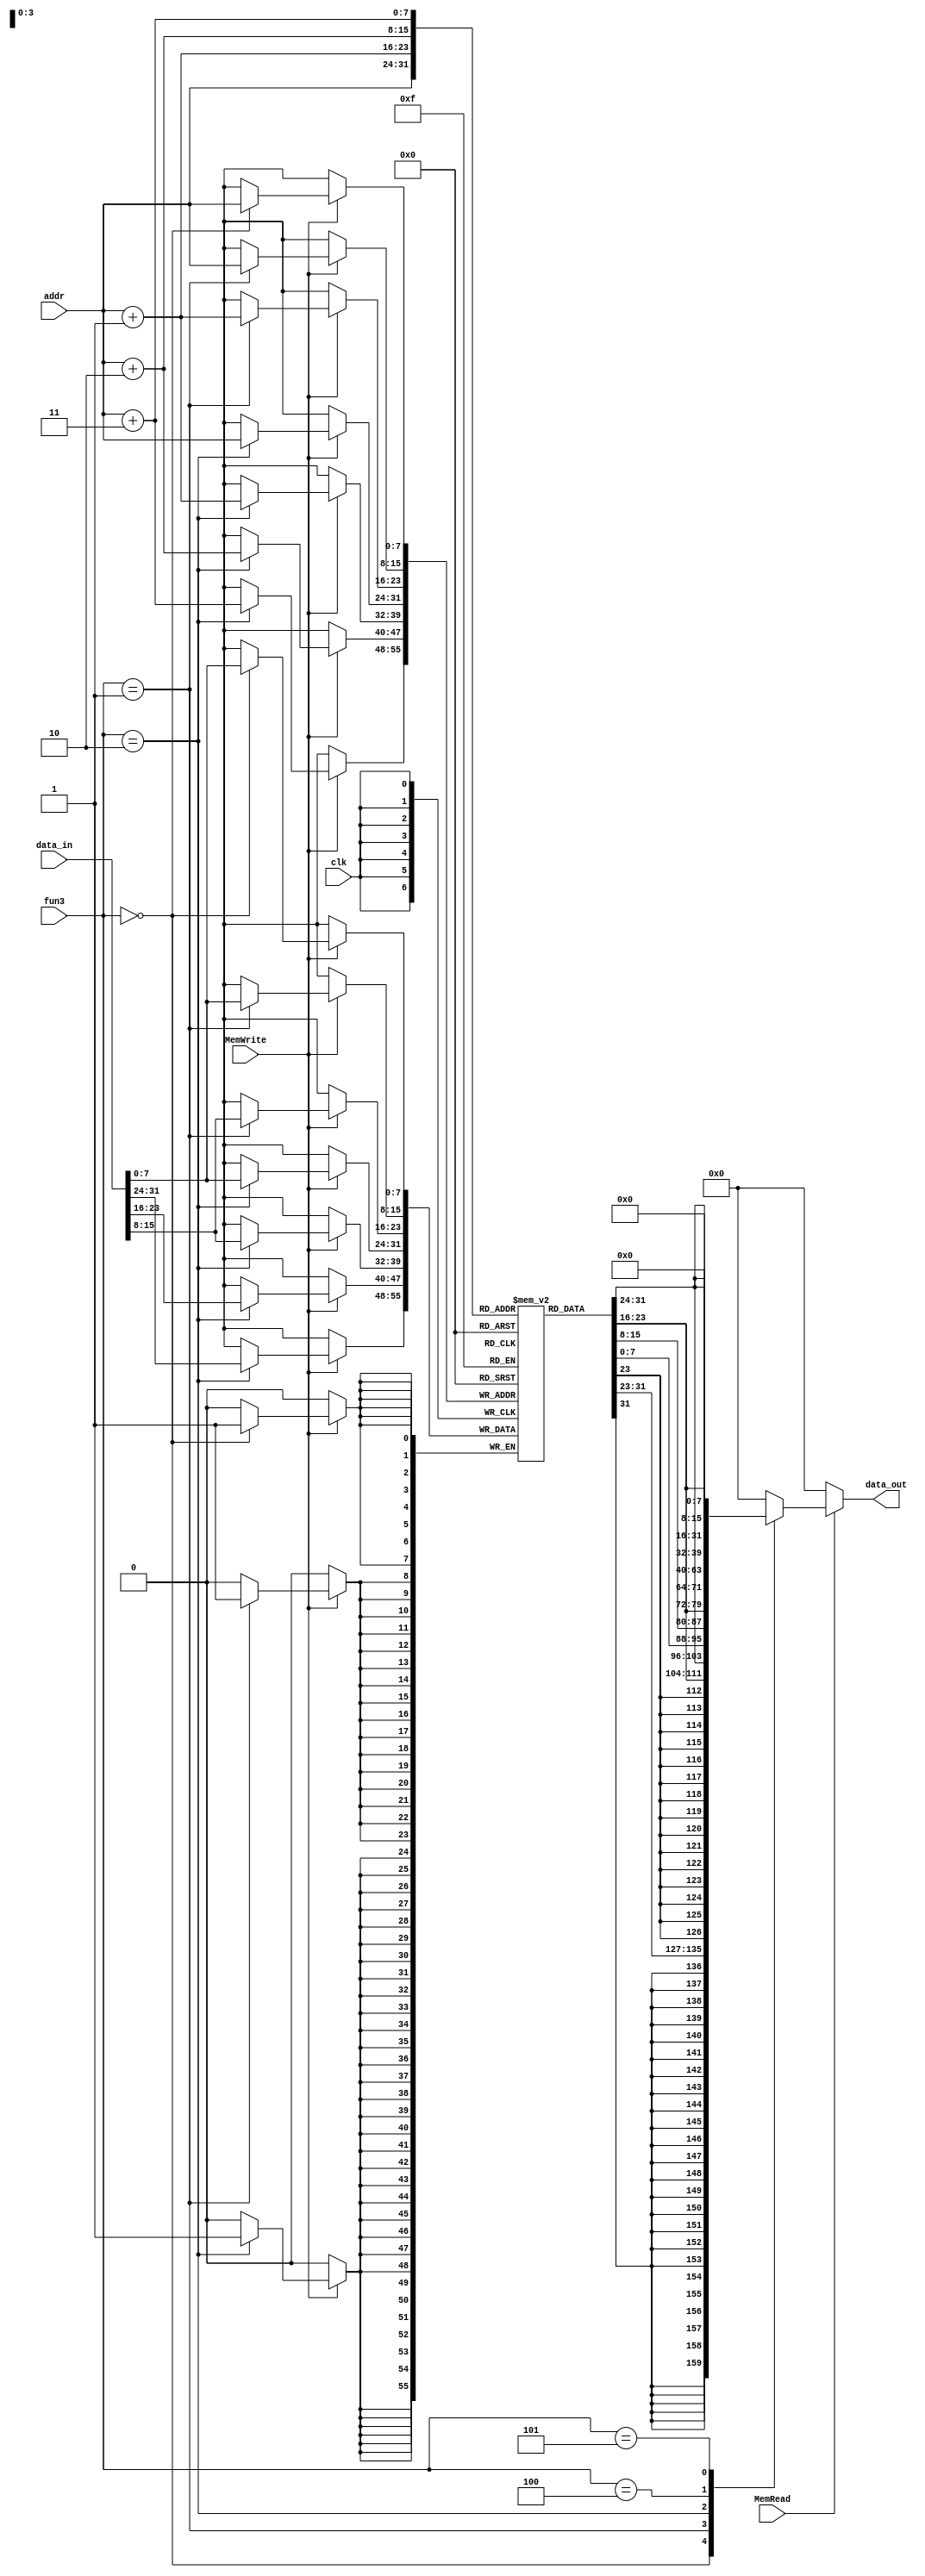
`timescale 1ns / 1ps
//////////////////////////////////////////////////////////////////////////////////
// Company: 
// Engineer: 
// 
// Design Name: 
// Module Name: DataMem
// Project Name: 
// Target Devices: 
// Tool Versions: 
// Description: 
// 
// Dependencies: 
// 
// Revision:
// Revision 0.01 - File Created
// Additional Comments:
// 
//////////////////////////////////////////////////////////////////////////////////

// ------------------ BYte Addressable Memory-------------------//
module DataMem                                 
(input clk, input MemRead, input MemWrite,input[2:0]fun3,input [7:0] addr, input [31:0] data_in, output [31:0] data_out);

    reg [7:0] mem [0:255];
    
    reg[31:0] temp;
                        
    initial begin

// mem[0]=8'd17;
// mem[1]=8'd9;
// mem[2]=8'd25; 

mem[0]=32'd0;
mem[1]=32'd1;
mem[2]=32'd2;
mem[3]=32'd3;
mem[4]=32'd4;
mem[5]=32'd5;
mem[6]=32'd6;
mem[7]=32'd7;
mem[8]=32'd8;
mem[9]=32'd9;
mem[10]=32'd10;
mem[11]=32'd11;
mem[12]=32'd12;
mem[13]=32'd13;
mem[14]=32'd14;
mem[15]=32'd15;
mem[16]=32'd16;
mem[17]=32'd17;
mem[18]=32'd18;
mem[19]=32'd19;
mem[20]=32'd20;
mem[21]=32'd21;
mem[22]=32'd22;
mem[23]=32'd23;
mem[24]=32'd24;
mem[25]=32'd25;
mem[26]=32'd26;
mem[27]=32'd27;
mem[28]=32'd28;
mem[29]=32'd29;
mem[30]=32'd30;
mem[31]=32'd31;
mem[32]=32'd32;
mem[33]=32'd33;
mem[34]=32'd34;
mem[35]=32'd35;
mem[36]=32'd36;
mem[37]=32'd37;
mem[38]=32'd38;
mem[39]=32'd39;
mem[40]=32'd40;
mem[41]=32'd41;
mem[42]=32'd42;
mem[43]=32'd43;
mem[44]=32'd44;
mem[45]=32'd45;
mem[46]=32'd46;
mem[47]=32'd47;
mem[48]=32'd48;
mem[49]=32'd49;
mem[50]=32'd50;
mem[51]=32'd51;
mem[52]=32'd52;
mem[53]=32'd53;
mem[54]=32'd54;
mem[55]=32'd55;
mem[56]=32'd56;
mem[57]=32'd57;
mem[58]=32'd58;
mem[59]=32'd59;
mem[60]=32'd60;
mem[61]=32'd61;
mem[62]=32'd62;
mem[63]=32'd63;


      

    end

//  Little Indian [mem3][mem2][mem1][mem0]

    always @(posedge clk) begin
        if(MemWrite)begin
        case(fun3)
        3'b000: mem[addr]=data_in[7:0]; //SB
        3'b001:       {mem[addr+1],mem[addr]}=data_in[15:0]; //SH
        3'b010:     {mem[addr+3],mem[addr+2],mem[addr+1],mem[addr]}=data_in;   //SW
        endcase
        end
           
    end
    
    always @(*) begin
        case(fun3)
        3'b000:temp = {{24{mem[addr][7]}}, mem[addr]};      //LB
        3'b001:temp={{16{mem[addr+1][7]}},mem[addr+1],mem[addr]};      //LH
        3'b010:temp={mem[addr+3],mem[addr+2],mem[addr+1],mem[addr]};      //LW
        3'b100:temp= {24'b0, mem[addr]};    //LBU
        3'b101:temp={16'b0, mem[addr+1],mem[addr]};      //LHU
        
        default:temp=0;
       
        endcase

    
    end
     assign data_out = (MemRead)?temp:0;


endmodule 






//-----------------------------------------------------Old Version------------------------------------------------------\\\\
//module DataMem                                 //[7:0]
//(input clk, input MemRead, input MemWrite,input [5:0] addr, input [31:0] data_in, output [31:0] data_out);
//    reg [31:0] mem [0:63];
 

                        
//    initial begin
//        mem[0]=17;
//        mem[1]=9;
//        mem[2]=25;
//    end



//    always @(posedge clk) begin
//        if(MemWrite)
//            mem[addr]=data_in;
//    end
//    assign data_out = (MemRead)?mem[addr]:0;

//endmodule